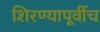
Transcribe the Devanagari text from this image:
शिरण्यापूर्वीच